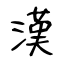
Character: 漢